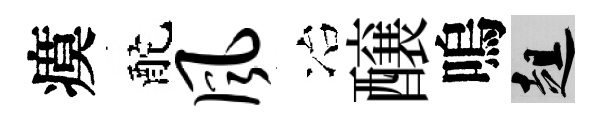
瘼酡风冶醸嗚趄